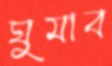
ঘুমাব